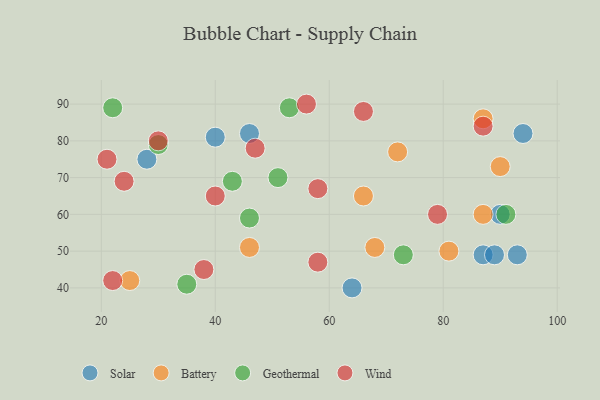
{"axis": {"x": "GDP", "y": "Life Expectancy"}, "legend": ["Battery", "Geothermal", "Solar", "Wind"], "data": [{"x": "40", "y": 81, "type": "Solar"}, {"x": "64", "y": 40, "type": "Solar"}, {"x": "87", "y": 49, "type": "Solar"}, {"x": "46", "y": 82, "type": "Solar"}, {"x": "90", "y": 60, "type": "Solar"}, {"x": "94", "y": 82, "type": "Solar"}, {"x": "89", "y": 49, "type": "Solar"}, {"x": "93", "y": 49, "type": "Solar"}, {"x": "28", "y": 75, "type": "Solar"}, {"x": "72", "y": 77, "type": "Battery"}, {"x": "46", "y": 51, "type": "Battery"}, {"x": "66", "y": 65, "type": "Battery"}, {"x": "68", "y": 51, "type": "Battery"}, {"x": "90", "y": 73, "type": "Battery"}, {"x": "87", "y": 86, "type": "Battery"}, {"x": "87", "y": 60, "type": "Battery"}, {"x": "81", "y": 50, "type": "Battery"}, {"x": "25", "y": 42, "type": "Battery"}, {"x": "73", "y": 49, "type": "Geothermal"}, {"x": "53", "y": 89, "type": "Geothermal"}, {"x": "30", "y": 79, "type": "Geothermal"}, {"x": "91", "y": 60, "type": "Geothermal"}, {"x": "43", "y": 69, "type": "Geothermal"}, {"x": "22", "y": 89, "type": "Geothermal"}, {"x": "51", "y": 70, "type": "Geothermal"}, {"x": "46", "y": 59, "type": "Geothermal"}, {"x": "35", "y": 41, "type": "Geothermal"}, {"x": "58", "y": 67, "type": "Wind"}, {"x": "66", "y": 88, "type": "Wind"}, {"x": "87", "y": 84, "type": "Wind"}, {"x": "40", "y": 65, "type": "Wind"}, {"x": "56", "y": 90, "type": "Wind"}, {"x": "22", "y": 42, "type": "Wind"}, {"x": "30", "y": 80, "type": "Wind"}, {"x": "38", "y": 45, "type": "Wind"}, {"x": "24", "y": 69, "type": "Wind"}, {"x": "79", "y": 60, "type": "Wind"}, {"x": "21", "y": 75, "type": "Wind"}, {"x": "58", "y": 47, "type": "Wind"}, {"x": "47", "y": 78, "type": "Wind"}]}